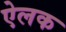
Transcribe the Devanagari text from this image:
ऐलक